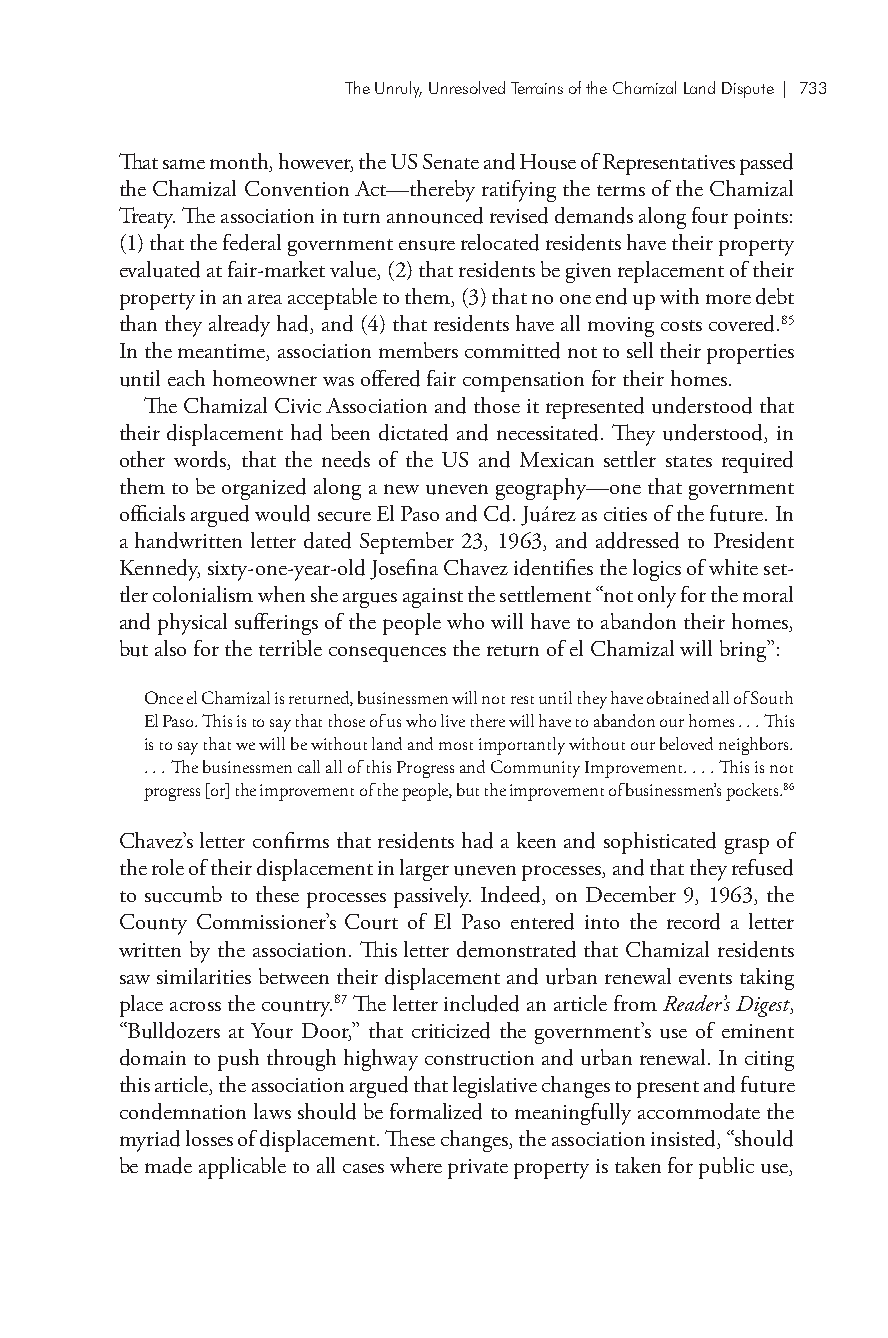
The Unruly, Unresolved Terrains of the Chamizal Land Dispute| 733
 That same month, however, the US Senate and House of Representatives passed
 the Chamizal Convention Act—thereby ratifying the terms of the Chamizal
 Treaty. The association in turn announced revised demands along four points:
 (1) that the federal government ensure relocated residents have their property
 evaluated at fair-market value, (2) that residents be given replacement of their
 property in an area acceptable to them, (3) that no one end up with more debt
 than they already had, and (4) that residents have all moving costs covered.85
 In the meantime, association members committed not to sell their properties
 until each homeowner was offered fair compensation for their homes.
 The Chamizal Civic Association and those it represented understood that
 their displacement had been dictated and necessitated. They understood, in
 other words, that the needs of the US and Mexican settler states required
 them to be organized along a new uneven geography—one that government
 officials argued would secure El Paso and Cd. Juárez as cities of the future. In
 a handwritten letter dated September 23, 1963, and addressed to President
 Kennedy, sixty-one-year-old Josefina Chavez identifies the logics of white set-
 tler colonialism when she argues against the settlement “not only for the moral
 and physical sufferings of the people who will have to abandon their homes,
 but also for the terrible consequences the return of el Chamizal will bring”:
 Once el Chamizal is returned, businessmen will not rest until they have obtained all of South
 El Paso. This is to say that those of us who live there will have to abandon our homes . . . This
 is to say that we will be without land and most importantly without our beloved neighbors.
 . . . The businessmen call all of this Progress and Community Improvement. . . . This is not
 progress [or] the improvement of the people, but the improvement of businessmen’s pockets.86
 Chavez’s letter confirms that residents had a keen and sophisticated grasp of
 the role of their displacement in larger uneven processes, and that they refused
 to succumb to these processes passively. Indeed, on December 9, 1963, the
 County Commissioner’s Court of El Paso entered into the record a letter
 written by the association. This letter demonstrated that Chamizal residents
 saw similarities between their displacement and urban renewal events taking
 place across the country.87 The letter included an article from Reader’s Digest,
 “Bulldozers at Your Door,” that criticized the government’s use of eminent
 domain to push through highway construction and urban renewal. In citing
 this article, the association argued that legislative changes to present and future
 condemnation laws should be formalized to meaningfully accommodate the
 myriad losses of displacement. These changes, the association insisted, “should
 be made applicable to all cases where private property is taken for public use,